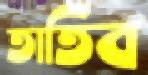
তাতিব